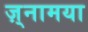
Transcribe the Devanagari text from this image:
ज़्नामया